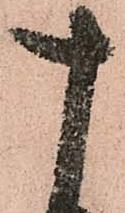
十